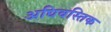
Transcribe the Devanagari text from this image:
अधिवस्तिक